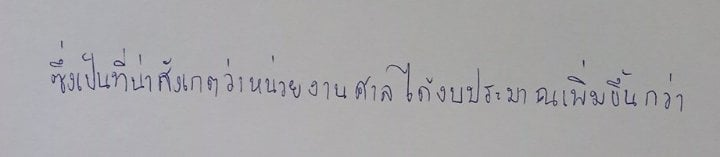
ซึ่งเป็นที่น่าสังเกตว่าหน่วยงานศาลได้งบประมาณเพิ่มขึ้นกว่า